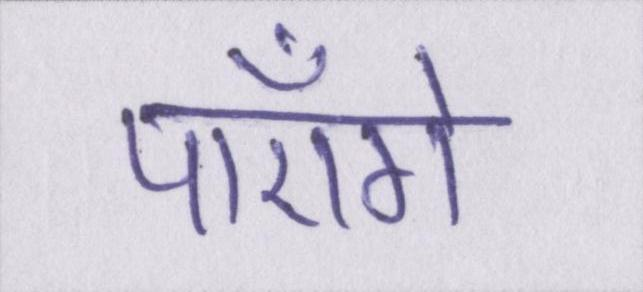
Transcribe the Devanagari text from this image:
पाएँगे